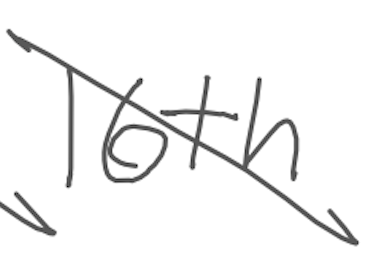
Text: 16th
Cross-out: diagonal
Writing tool: digital_gray